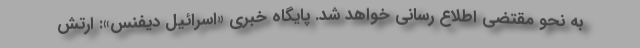
به نحو مقتضی اطلاع رسانی خواهد شد. پایگاه خبری «اسرائیل دیفنس»: ارتش